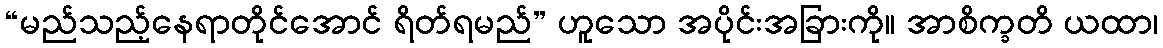
“မည်သည့်နေရာတိုင်အောင် ရိတ်ရမည်” ဟူသော အပိုင်းအခြားကို။ အာစိက္ခတိ ယထာ၊